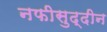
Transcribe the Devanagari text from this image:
नफीसुद्दीन